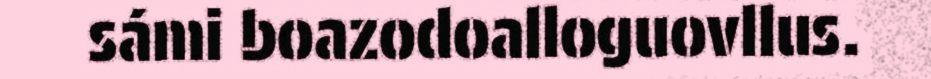
sámi boazodoalloguovllus.